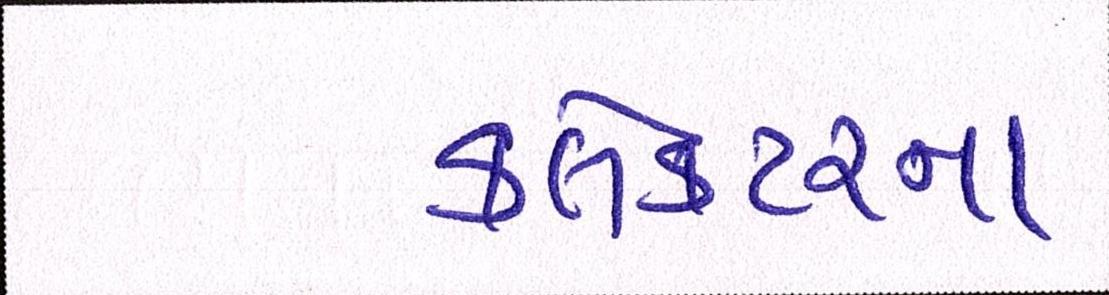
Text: કલેકટરનાં